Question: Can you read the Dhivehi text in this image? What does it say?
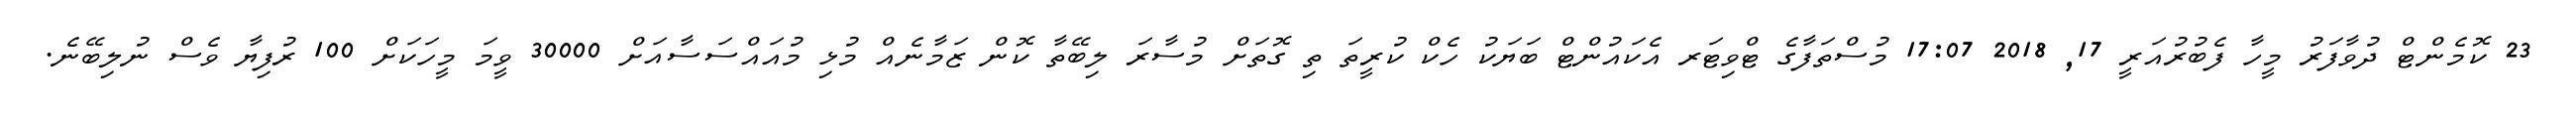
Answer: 23 ކޮމެންޓް ދުވާފަރު މީހާ ފެބުރުއަރީ 17, 2018 17:07 މުސްތަފާގެ ޓްވިޓަރ އެކައުންޓް ބަޔަކު ހެކް ކުރީތަ ތި ގޮތަށް މުސާރަ ލިބޭތާ ކޮން ޒަމާނެއް މުޅި މުއައްސަސާއަށް 30000 ވީމަ މީހަކަށް 100 ރުފިޔާ ވެސް ނުލިބޭނެ.